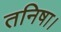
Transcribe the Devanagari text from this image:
तनिषा।